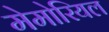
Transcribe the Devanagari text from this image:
मेमोरियल